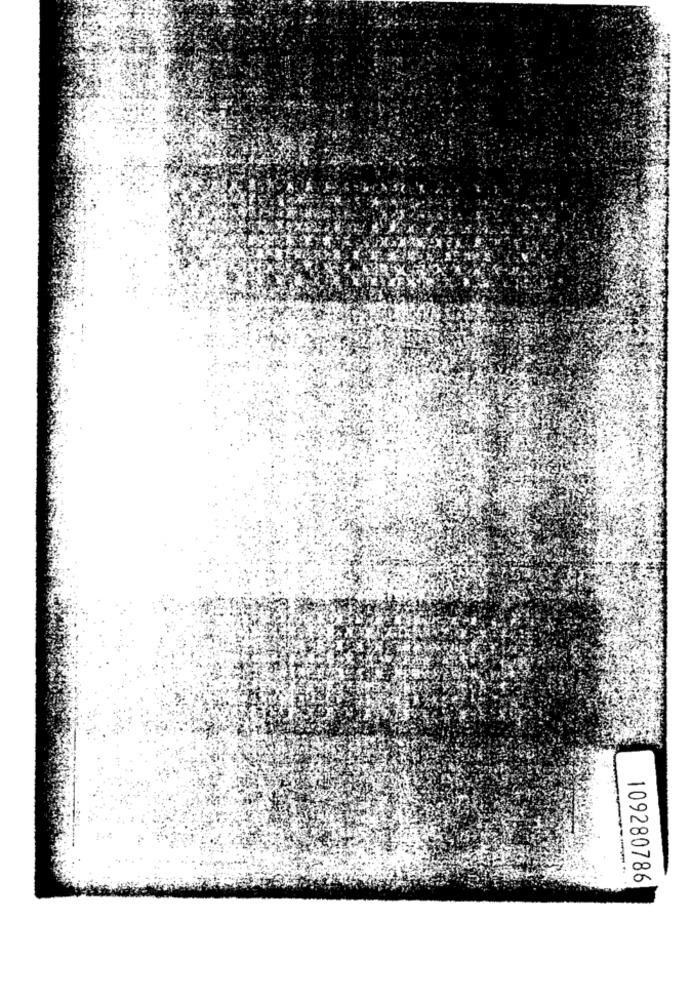
109280786